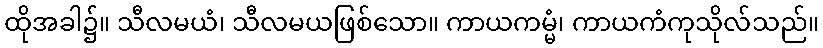
ထိုအခါ၌။ သီလမယံ၊ သီလမယဖြစ်သော။ ကာယကမ္မံ၊ ကာယကံကုသိုလ်သည်။